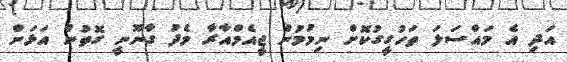
އަދި އެ މައްސަލަ ތަހުގީގުކޮށް ނިމުމުން ޖީއެމްއާރާ މެދު ގާނޫނީ ގޮތުން އަޅަން